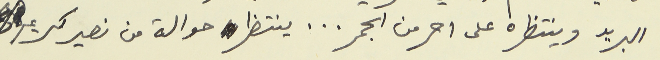
البريد وينتظره على احر من الجمر... ينتظر حوالة من نصير كريم